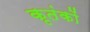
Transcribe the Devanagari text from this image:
कृतंकों